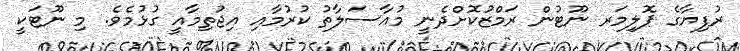
ރުފިޔާގެ ޕޮލިމަރ ނޫޓުން ރަމްޒުކޮށްދެނީ މުއާސަލާތު ކުރުމާއި އިޖުތިމާއީ ގުޅުމެވެ. މި ނޫޓަކީ